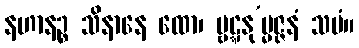
နဟာနဉ္စ သိနာနေ ထော၊ ဗ္ဗဋ္ဋနု’မ္မဇ္ဇနံ သမံ။